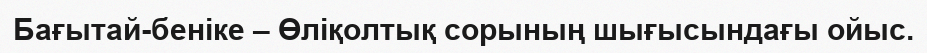
Бағытай-беніке – Өліқолтық сорының шығысындағы ойыс.